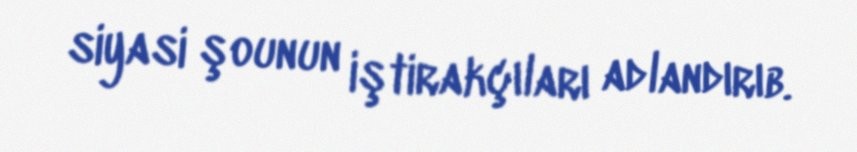
siyasi şounun iştirakçıları adlandırıb.